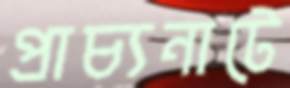
প্রাচ্যনাটে